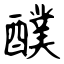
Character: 醭